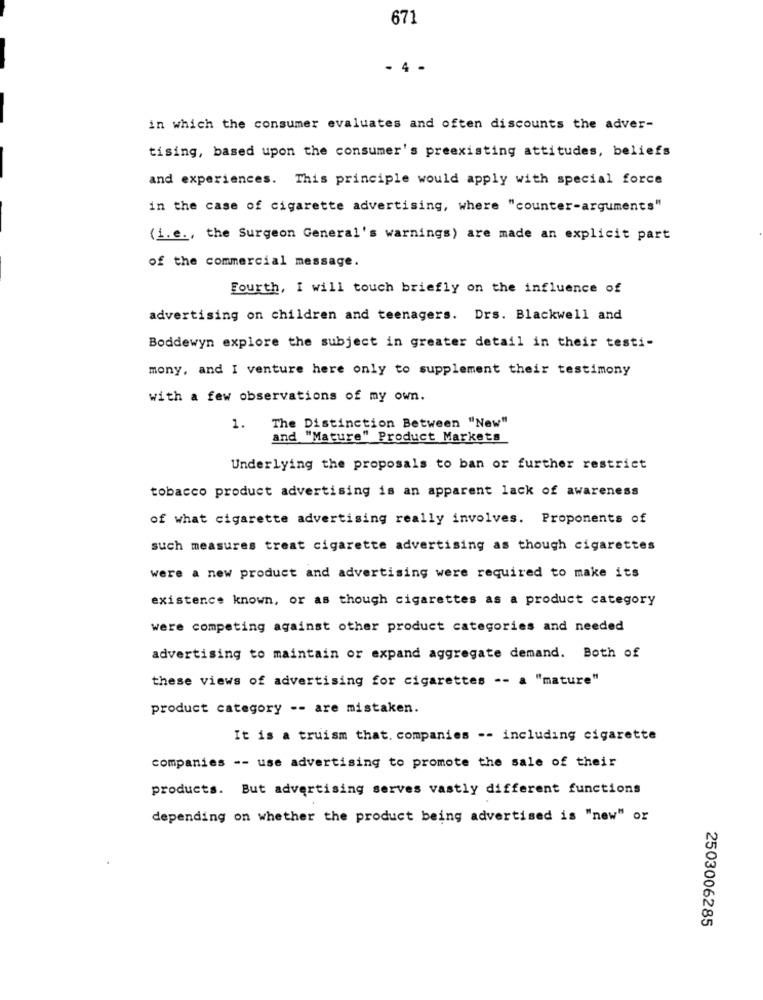
671
- 4 -
in which the consumer evaluates and often discounts the adver-
tising, based upon the consumer's preexisting attitudes, beliefs
and experiences. This principle would apply with special force
in the case of cigarette advertising, where "counter-arguments"
(i.e ., the Surgeon General's warnings) are made an explicit part
of the commercial message.
Fourth, I will touch briefly on the influence of
advertising on children and teenagers. Drs. Blackwell and
Boddewyn explore the subject in greater detail in their testi-
mony, and I venture here only to supplement their testimony
with a few observations of my own.
1. The Distinction Between "New"
and "Mature" Product Markets
Underlying the proposals to ban or further restrict
tobacco product advertising is an apparent lack of awareness
of what cigarette advertising really involves. Proponents of
such measures treat cigarette advertising as though cigarettes
were a new product and advertising were required to make its
existence known, or as though cigarettes as a product category
were competing against other product categories and needed
advertising to maintain or expand aggregate demand. Both of
these views of advertising for cigarettes -- a "mature"
product category -- are mistaken.
It is a truism that. companies -- including cigarette
companies -- use advertising to promote the sale of their
products. But advertising serves vastly different functions
depending on whether the product being advertised is "new" or
2503006285